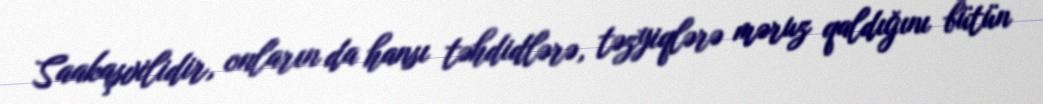
Saakaşvilidir, onların da hansı təhdidlərə, təzyiqlərə məruz qaldığını bütün